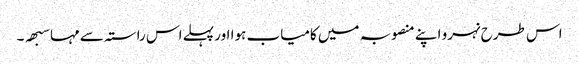
اس طرح نہرو اپنے منصوبہ میں کامیاب ہوا اور پہلے اس راستہ سے مہاسبھہ ۔